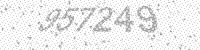
Solution: 957249